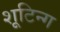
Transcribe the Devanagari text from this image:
शूटिन्ग